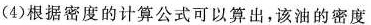
(4)根据密度的计算公式可以算出，该油的密度